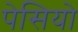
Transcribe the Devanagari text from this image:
पेसियो